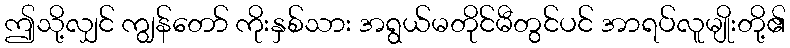
ဤသို့လျှင် ကျွန်တော် ကိုးနှစ်သား အရွယ်မတိုင်မီတွင်ပင် အာရပ်လူမျိုးတို့၏